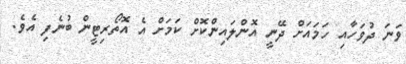
ވަނަ ދުވަހާއި ހަމައަށް ދޭނީ އޮންލައިންކޮށް ކަމަށް އެ އޮތޯރިޓީން ބުނެފި އެވެ.